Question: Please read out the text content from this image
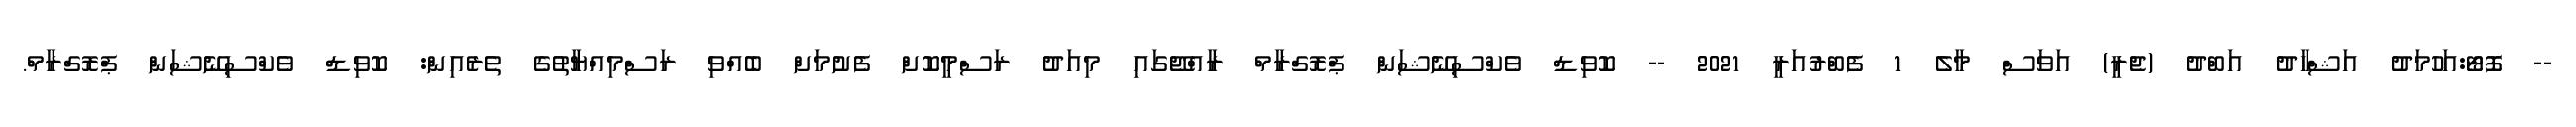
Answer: -- ފޮޓޯ:އަހުމަދު އަޝްހާދު އަބްދު (ޖެރީ) އަވަސް މާލެ 1 ފެބްރުއަރީ 2021 -- ކޮވިޑް ވެކްސިނޭޝަން ޕްރޮގްރާމް ރާއްޖޭގައި މިއަދު ރަސްމީކޮށް ފެށުމަށް ބެއްވި ރަސްމިއްޔާތުގެ ތެރެއިން: ކޮވިޑް ވެކްސިނޭޝަން ޕްރޮގްރާމް.